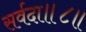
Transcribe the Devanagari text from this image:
सर्वदा॥८॥